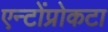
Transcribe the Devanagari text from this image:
एन्टोंप्रोकटा